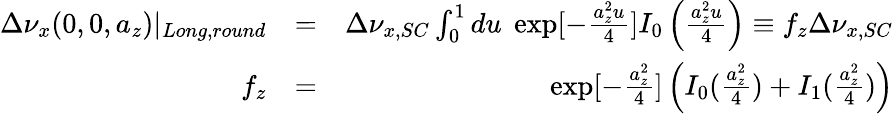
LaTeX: \begin{array}{rlr}{\Delta\nu_{x}(0,0,a_{z})|_{Long,round}}&{=}&{\Delta\nu_{x,SC}\int_{0}^{1}du\; \exp[-\frac{a_{z}^{2}u}{4}]I_{0}\left(\frac{a_{z}^{2}u}{4}\right)\equiv f_{z}\Delta\nu_{x,SC}}\\ {f_{z}}&{=}&{\exp[-\frac{a_{z}^{2}}{4}]\left(I_{0}(\frac{a_{z}^{2}}{4})+I_{1}(\frac{a_{z}^{2}}{4})\right)}\end{array}